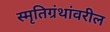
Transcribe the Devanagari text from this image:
स्मृतिग्रंथांवरील